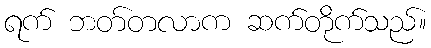
ရက် ဘတ်တလာက ဆက်တိုက်သည်။